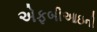
એફબીઆઇની